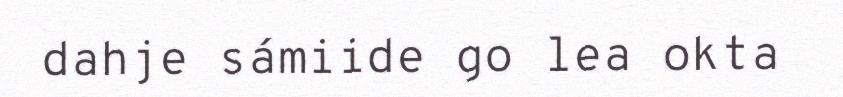
dahje sámiide go lea okta